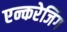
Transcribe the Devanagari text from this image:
एन्करेजिंग